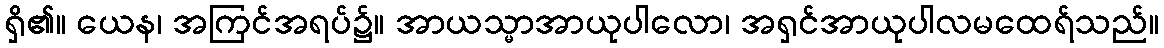
ရှိ၏။ ယေန၊ အကြင်အရပ်၌။ အာယသ္မာအာယုပါလော၊ အရှင်အာယုပါလမထေရ်သည်။